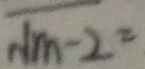
\sqrt { m - 2 } =